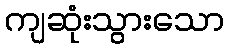
ကျဆုံးသွားသော